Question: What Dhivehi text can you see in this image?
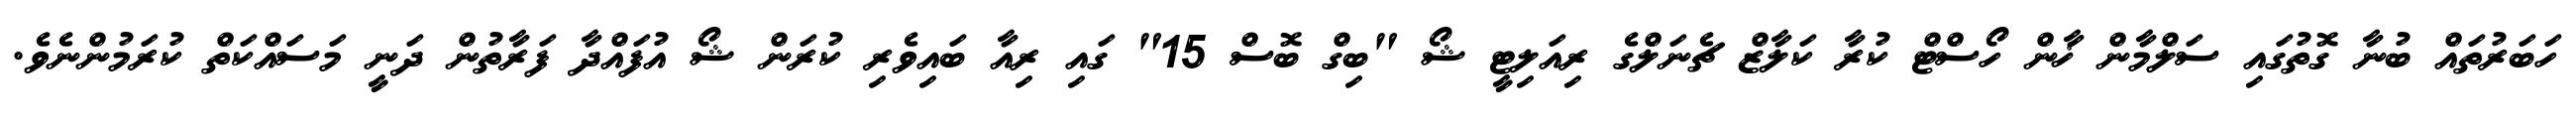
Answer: ހަބަރުތައް ބުނާ ގޮތުގައި ސަލްމާން ޚާން ހޯސްޓް ކުރާ ކަލާޒް ޗެނަލްގެ ރިއަލިޓީ ޝޯ "ބިގް ބޮސް 15" ގައި ރިއާ ބައިވެރި ކުރަން ޝޯ އުފައްދާ ފަރާތުން ދަނީ މަސައްކަތް ކުރަމުންނެވެ.